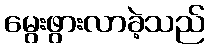
မွေးဖွားလာခဲ့သည်